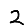
Digit: 2